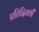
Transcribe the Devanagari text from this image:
प्रतिदिवशीं